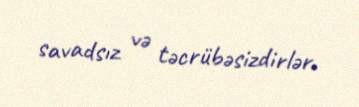
savadsız və təcrübəsizdirlər.